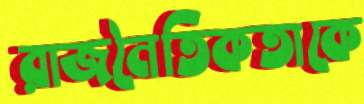
রাজনৈতিকতাকে